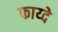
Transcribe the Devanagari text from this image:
फाय्दे